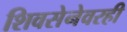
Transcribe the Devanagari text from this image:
शिवसेनेवरही